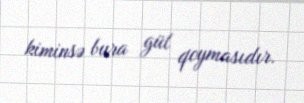
kiminsə bura gül qoymasıdır.